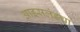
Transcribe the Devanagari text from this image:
आइसलंडचा